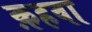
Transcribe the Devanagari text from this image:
क़हवा